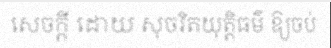
សេចក្តី ដោយ សុចរិតយុត្តិធម៌ ឱ្យចប់